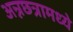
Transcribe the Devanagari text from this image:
अन्नछत्रामध्ये